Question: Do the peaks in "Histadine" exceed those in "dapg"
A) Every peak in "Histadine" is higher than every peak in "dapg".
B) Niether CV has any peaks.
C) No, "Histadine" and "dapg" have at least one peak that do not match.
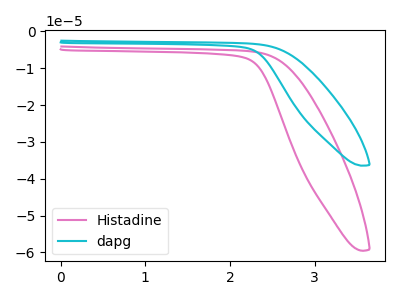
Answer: <think>The pink curve "Histadine" has no peaks. The cyan curve "dapg" has no peaks.</think>
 <answer>B) Niether CV has any peaks.</answer>
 <eval>B</eval>